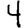
Digit: 4